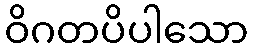
ဝိဂတပိပါသော